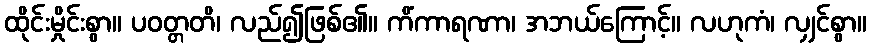
ထိုင်းမှိုင်းစွာ။ ပဝတ္တတိ၊ လည်၍ဖြစ်၏။ ကိံကာရဏာ၊ အဘယ်ကြောင့်။ လဟုကံ၊ လျှင်စွာ။